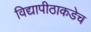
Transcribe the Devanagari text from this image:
विद्यापीठाकडेच